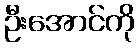
ဦးအောင်ကို